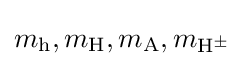
m_{\rm {h}},m_{\rm {H}},m_{\rm {A}},m_{\mathrm {H} ^{\pm }}